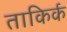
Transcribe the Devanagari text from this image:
ताकिर्क